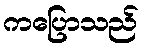
ကပြောသည်